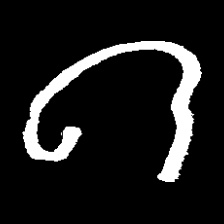
Pyu character \u2014 Myanmar letter: ဂ (romanized: ga)